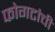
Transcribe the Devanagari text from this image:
फोगटांची